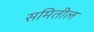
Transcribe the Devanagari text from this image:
समितील